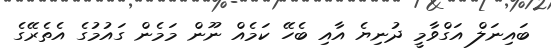
ބައިނަލް އަގްވާމީ ދުނިޔެ އާއި ބެހޭ ކަމެއް ނޫން މަމެން ގައުމުގެ އެތެރޭގެ